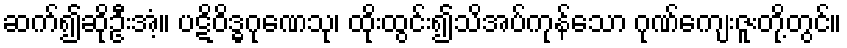
ဆက်၍ဆိုဦးအံ့။ ပဋိဝိဒ္ဓဂုဏေသု၊ ထိုးထွင်း၍သိအပ်ကုန်သော ဂုဏ်ကျေးဇူးတို့တွင်။